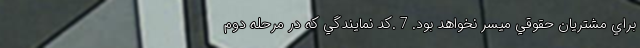
براي مشتريان حقوقي ميسر نخواهد بود. 7 .كد نمايندگي كه در مرحله دوم